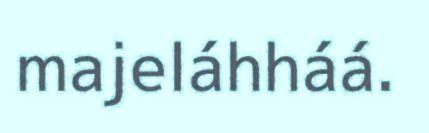
majeláhháá.